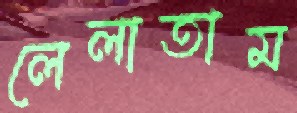
লেলাতাম